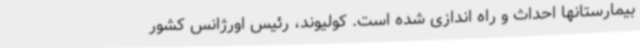
بیمارستانها احداث و راه اندازی شده است. کولیوند، رئیس اورژانس کشور